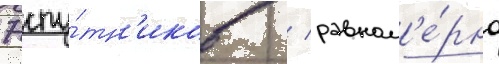
7 спу́тн'иков / равном'е́рно